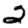
Digit: 2